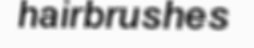
hairbrushes